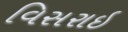
વિસરાઇ